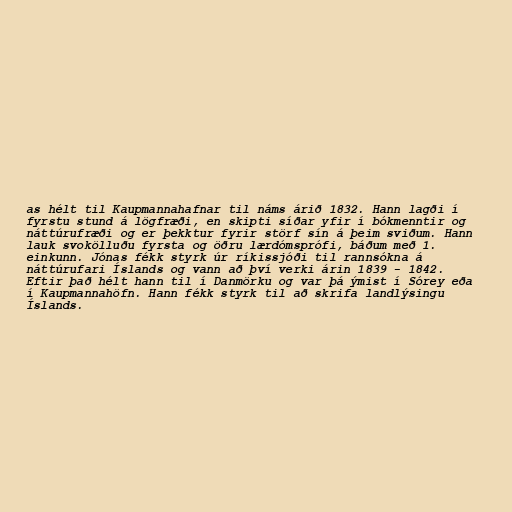
as hélt til Kaupmannahafnar til náms árið 1832. Hann lagði í
fyrstu stund á lögfræði, en skipti síðar yfir í bókmenntir og
náttúrufræði og er þekktur fyrir störf sín á þeim sviðum. Hann
lauk svokölluðu fyrsta og öðru lærdómsprófi, báðum með 1.
einkunn. Jónas fékk styrk úr ríkissjóði til rannsókna á
náttúrufari Íslands og vann að því verki árin 1839 - 1842.
Eftir það hélt hann til í Danmörku og var þá ýmist í Sórey eða
í Kaupmannahöfn. Hann fékk styrk til að skrifa landlýsingu
Íslands.